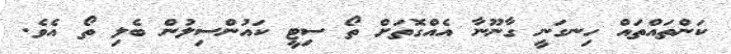
ކަންތައްތައް ހިނގަނީ ގާނޫނާ އެއްގޮތަށް ތޯ ސިޓީ ކައުންސިލުން ބެލި ތޯ އެވެ.